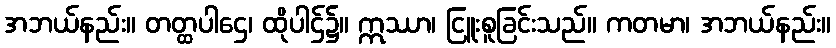
အဘယ်နည်း။ တတ္ထပါဌေ၊ ထိုပါဌ်၌။ ဣဿာ၊ ငြူးစူခြင်းသည်။ ကတမာ၊ အဘယ်နည်း။